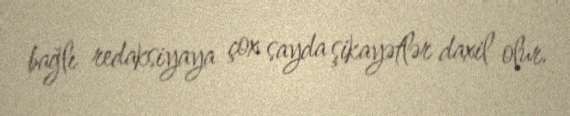
bağlı redaksiyaya çox sayda şikayətlər daxil olur.